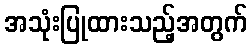
အသုံးပြုထားသည့်အတွက်